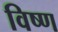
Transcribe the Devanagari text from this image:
विष्ण